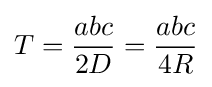
T={\frac {abc}{2D}}={\frac {abc}{4R}}